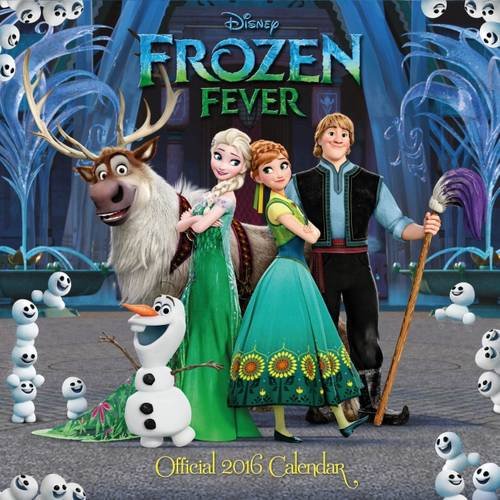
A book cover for The Official Disney Frozen Fever 2016 Square Calendar; Calendars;